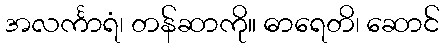
အလင်္ကာရံ၊ တန်ဆာကို။ ဓာရေတိ၊ ဆောင်